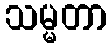
သမ္မတာ